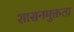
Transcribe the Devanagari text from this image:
शासनमुक्तता